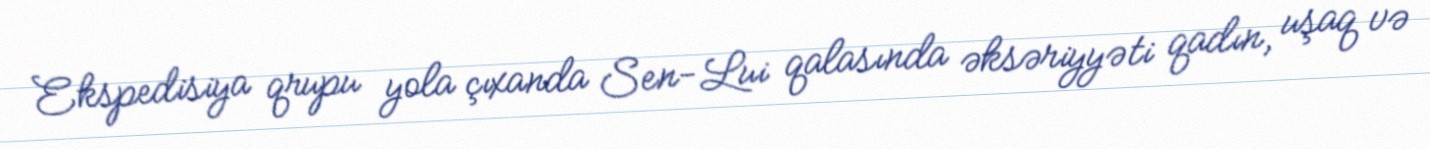
Ekspedisiya qrupu yola çıxanda Sen-Lui qalasında əksəriyyəti qadın, uşaq və